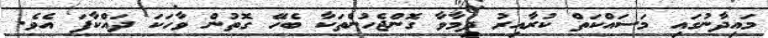
މައިދާނުގައި މަސައްކަތް ކުރާއިރު ދިމާވާ ގޮންޖެހުންތަކާ ބެހޭ ގޮތުން ވާހަކަ ދައްކާފަ އެވެ.